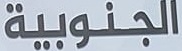
الجنوبية